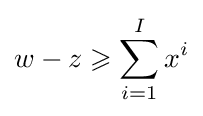
w-z\geqslant \sum _{i=1}^{I}x^{i}